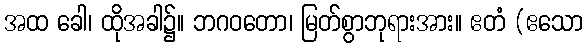
အထ ခေါ၊ ထိုအခါ၌။ ဘဂဝတော၊ မြတ်စွာဘုရားအား။ ဧတံ (ဧသော